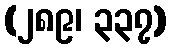
(၂၈၉၊ ၃၃၇)